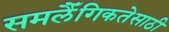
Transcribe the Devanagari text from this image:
समलैँगिकतेसाठी